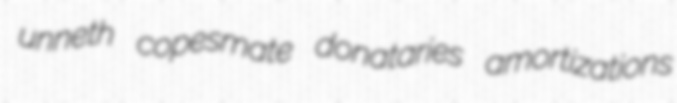
unneth copesmate donataries amortizations